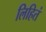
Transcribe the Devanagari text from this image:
लिहितं